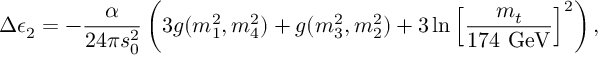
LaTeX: \Delta \epsilon _ { 2 } = - { \frac { \alpha } { 2 4 \pi s _ { 0 } ^ { 2 } } } \left( 3 g ( m _ { 1 } ^ { 2 } , m _ { 4 } ^ { 2 } ) + g ( m _ { 3 } ^ { 2 } , m _ { 2 } ^ { 2 } ) + 3 \ln \left[ { \frac { m _ { t } } { 1 7 4 ~ \mathrm { G e V } } } \right] ^ { 2 } \right) ,